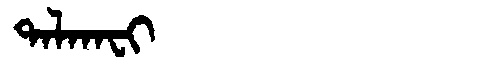
Manchu: ᡨᠠᠯᡴᠠᠸᡳ
Romanization: TALKAFI